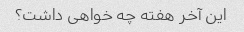
این آخر هفته چه خواهی داشت؟